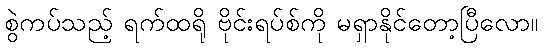
စွဲကပ်သည့် ရက်ထရို ဗိုင်းရပ်စ်ကို မရှာနိုင်တော့ပြီလော။